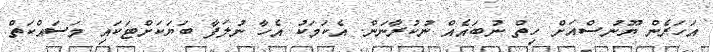
އަހަރެން ޔޫނުސްއަށް ހިތް ނުބައެއް ނުކުރާނަން. އެކަމަކު އެހާ ނުލަފާ ބަޔަކަށްޓަކައި މަސައްކަތް